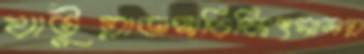
খাটুয়াডাঙ্গাচিকিৎসালয়